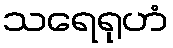
သရေရုဟံ